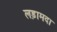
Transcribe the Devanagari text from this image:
लड़ामदा